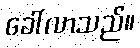
ခေါ်လာသည်။